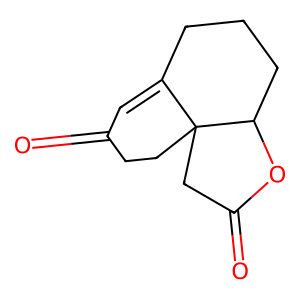
SMILES: O=C1C=C2CCCC3OC(=O)CC23CC1
Inhibits HIV replication: No